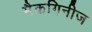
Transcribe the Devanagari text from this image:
मैकगिनीज